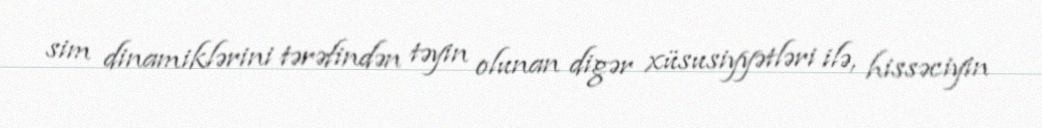
sim dinamiklərini tərəfindən təyin olunan digər xüsusiyyətləri ilə, hissəciyin